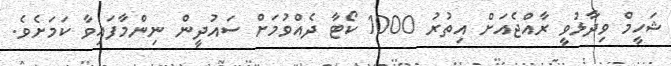
ޝަހީމް ވިދާޅުވީ ރާއްޖެއަށް އިތުރު 1000 ކޯޓާ ދެއްވުމަށް ސައުދީން ނިންމާފައިވާ ކަމަށެވެ.